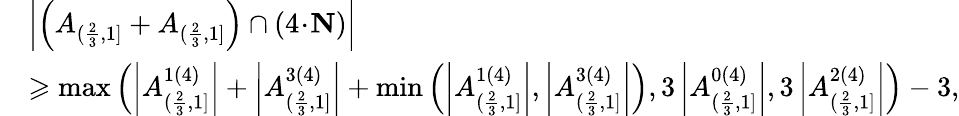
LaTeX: \begin{array}{rl}&{\left|\left(A_{(\frac{2}{3},1]}+A_{(\frac{2}{3},1]}\right)\cap(4\! \cdot\! \mathbf{N})\right|}\\ &{\geqslant\operatorname*{max}\left(\left|A_{(\frac{2}{3},1]}^{1(4)}\right|+\left|A_{(\frac{2}{3},1]}^{3(4)}\right|+\operatorname*{min}\left(\left|A_{(\frac{2}{3},1]}^{1(4)}\right|,\left|A_{(\frac{2}{3},1]}^{3(4)}\right|\right),3\left|A_{(\frac{2}{3},1]}^{0(4)}\right|,3\left|A_{(\frac{2}{3},1]}^{2(4)}\right|\right)-3,}\end{array}